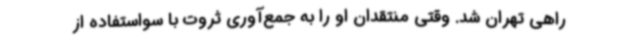
راهی تهران شد. وقتی منتقدان او را به جمع‌آوری ثروت با سواستفاده از